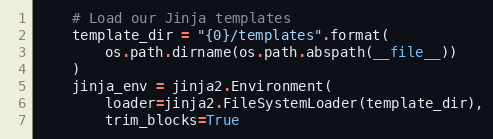
Language: Python
    # Load our Jinja templates
    template_dir = "{0}/templates".format(
        os.path.dirname(os.path.abspath(__file__))
    )
    jinja_env = jinja2.Environment(
        loader=jinja2.FileSystemLoader(template_dir),
        trim_blocks=True